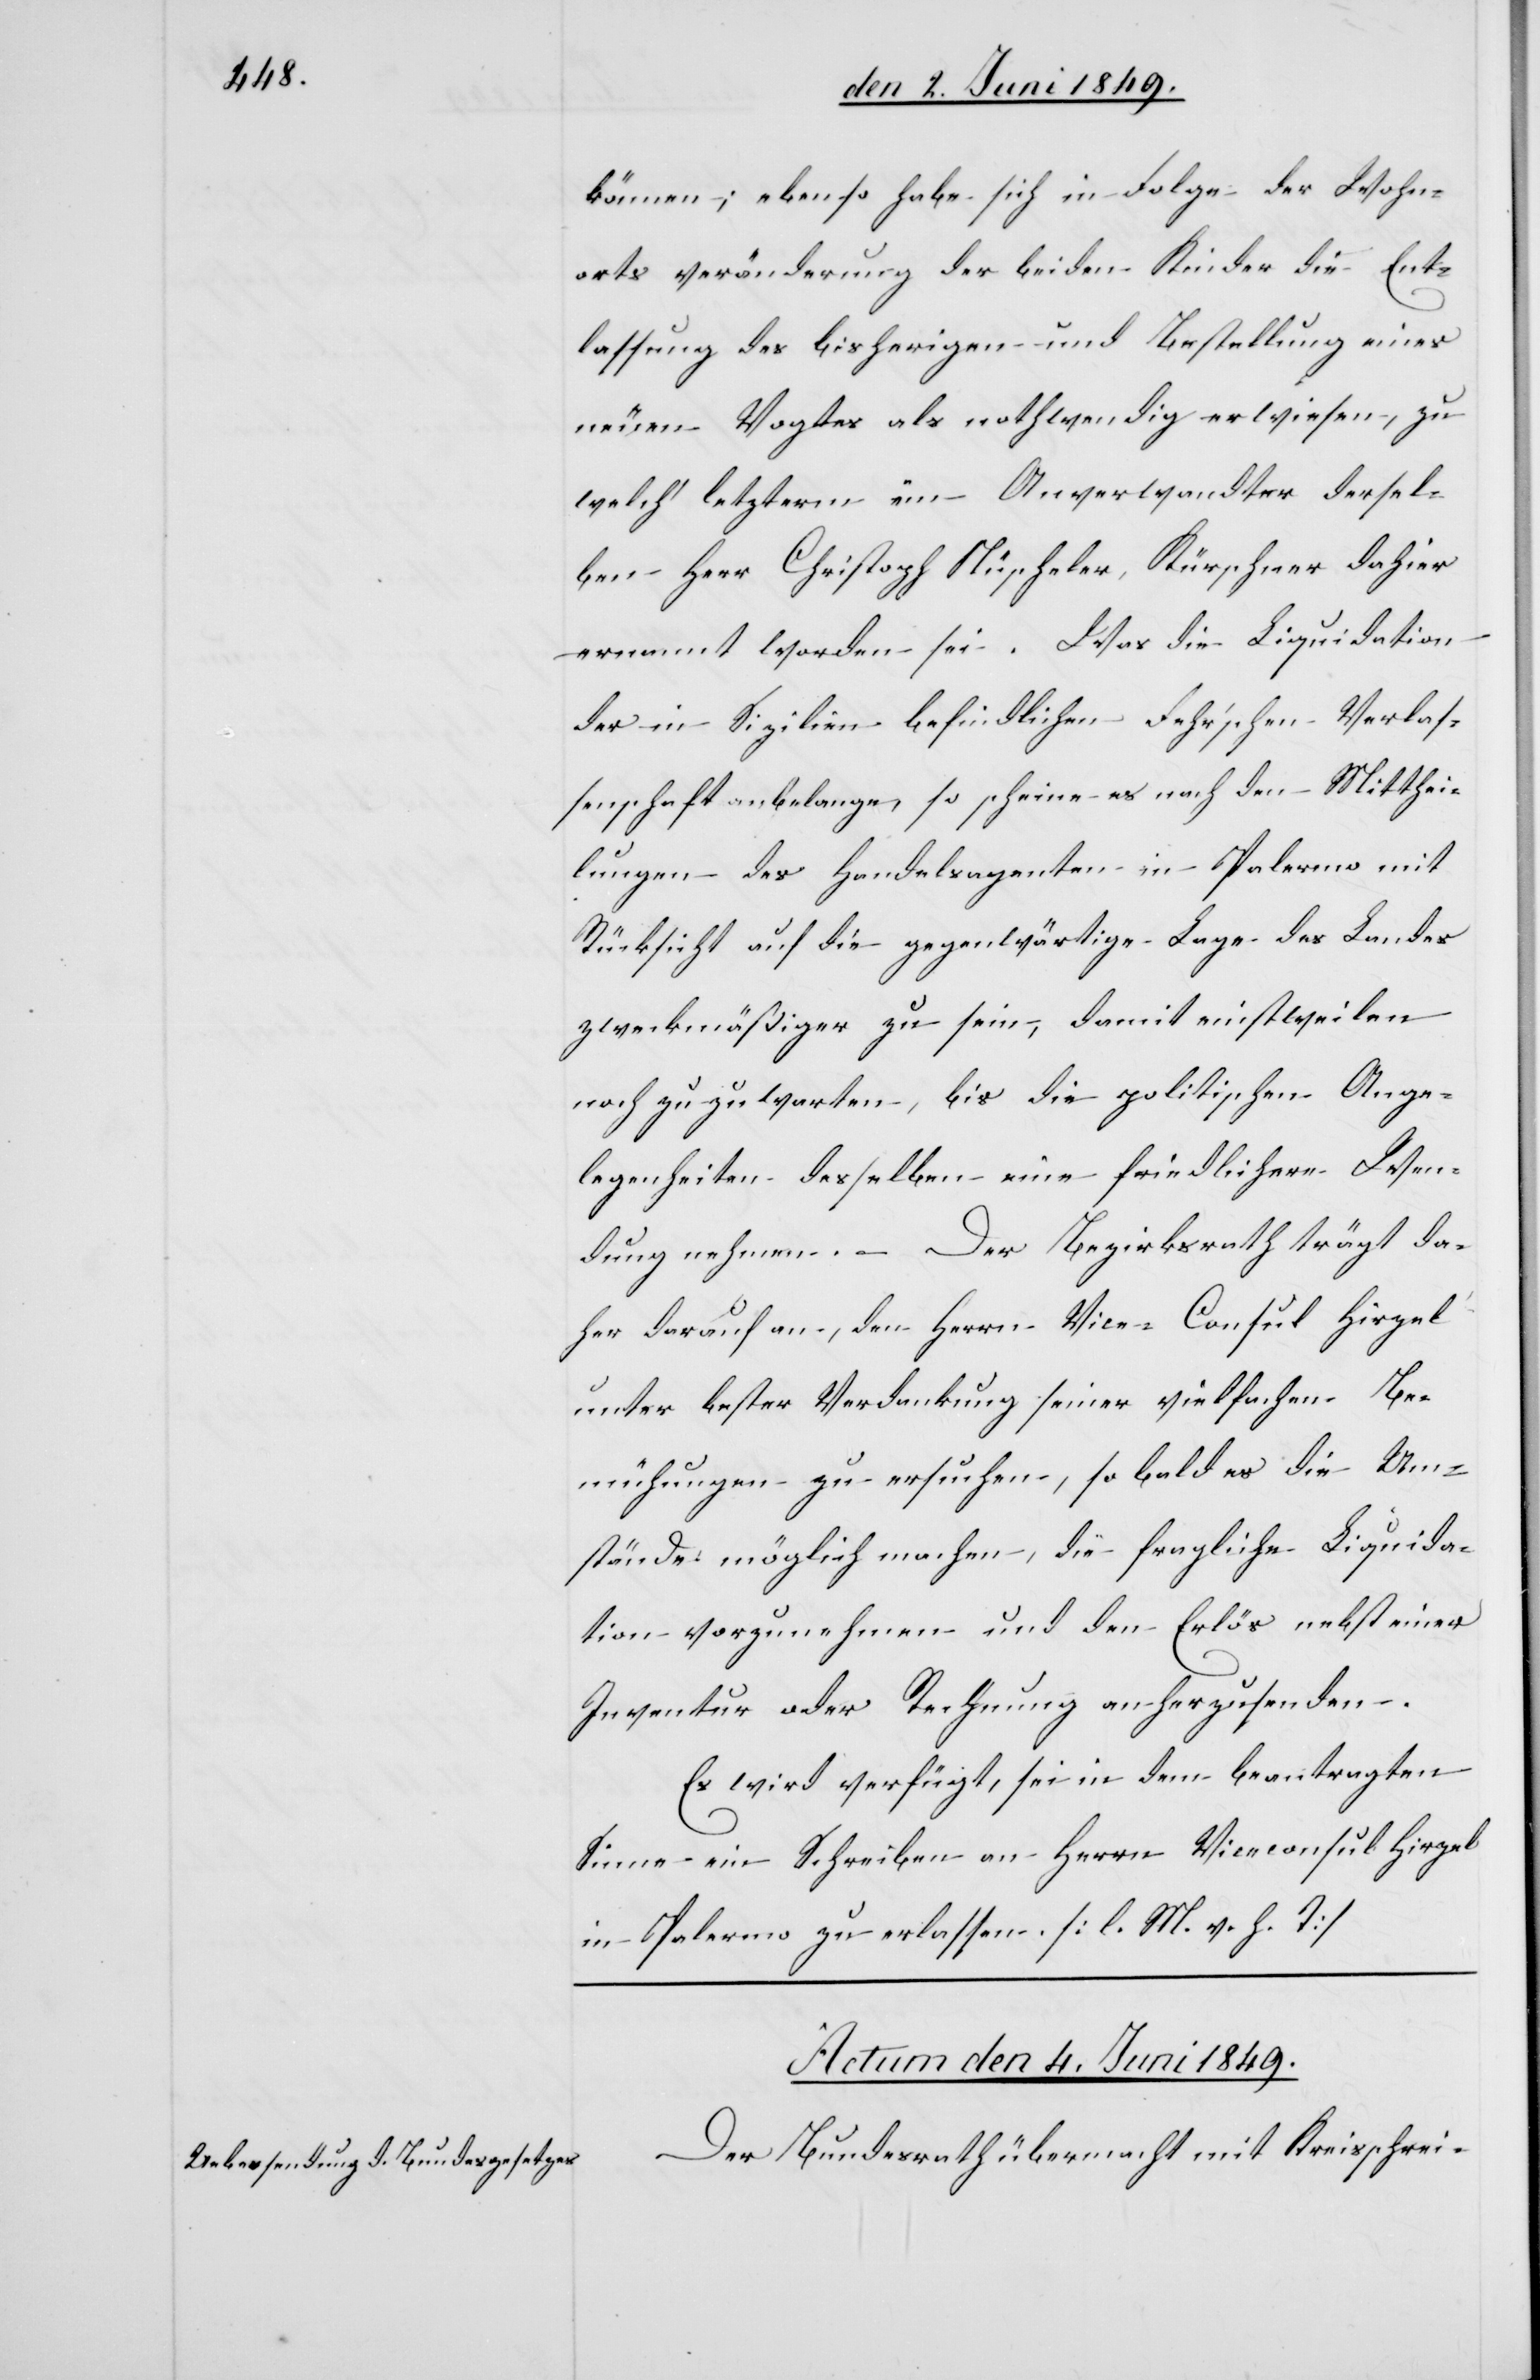
können; ebenso habe sich in Folge des Wohn¬
orts Veränderung der beiden Kinder die Ent¬
lassung des bisherigen und Bestellung eines
neuen Vogtes als nothwendig erwiesen, zu
welch‘ letzterm ein Anverwandter dersel¬
ben Herr Christoph Nüscheler, Kürschner dahier
ernannt worden sei. Was die Liquidation
der in Sizilien befindlichen Fehr’schen Verlas¬
senschaft anbelangen, so scheine es nach den Mitthei¬
lungen – des Handelsagenten in Palermo mit
Rücksicht auf die gegenwärtige Lage des Landes
zweckmäßiger zu sein, damit einstweilen
noch zu zuwarten, bis die politischen Ange¬
legenheiten desselben eine friedlichere Wen¬
dung nehmen. – Der Bezirksrath trägt da¬
her darauf an, den Herrn Vice-Consul Hirzel
unter bester Verdankung seiner vielfachen Be¬
mühungen zu ersuchen, so bald es die Um¬
stände möglich machen, die fragliche Liquida¬
tion vorzunehmen und den Erlös nebst einer
Inventur oder Rechnung an herzusenden.
Es wird verfügt, sei in dem beantragten
Sinne ein Schreiben an Herrn Viceconsul Hirzel
in Palermo zu erlassen. [l. M. h. T][.]
Actum den 4. Juni 1849.
Der Bundesrath übermacht mit Kreisschrei-